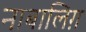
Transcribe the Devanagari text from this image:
नाबालिग़